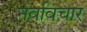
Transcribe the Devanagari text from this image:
नवविचार